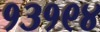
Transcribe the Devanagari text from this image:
१३१९४